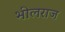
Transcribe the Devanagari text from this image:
भीलराज